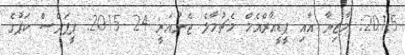
2015: މާޒިޔާ އާއި ޕީޑީއާރްއެމް މެޗުމާލެ ޖެނުއަރީ 24 2015: ޕީޕަލްސް ކަޕުގެ